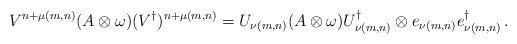
LaTeX: \begin{align*}V^{n+\mu(m,n)} (A\otimes\omega)(V^\dagger)^{n+\mu(m,n)}=U_{\nu(m,n)}( A\otimes\omega ) U_{\nu(m,n)}^\dagger\otimes e_{\nu(m,n)}e_{\nu(m,n)}^\dagger\,.\end{align*}